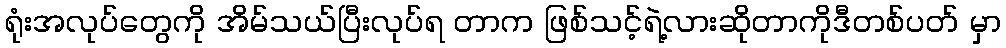
ရုံးအလုပ်တွေကို အိမ်သယ်ပြီးလုပ်ရ တာက ဖြစ်သင့်ရဲ့လားဆိုတာကိုဒီတစ်ပတ် မှာ